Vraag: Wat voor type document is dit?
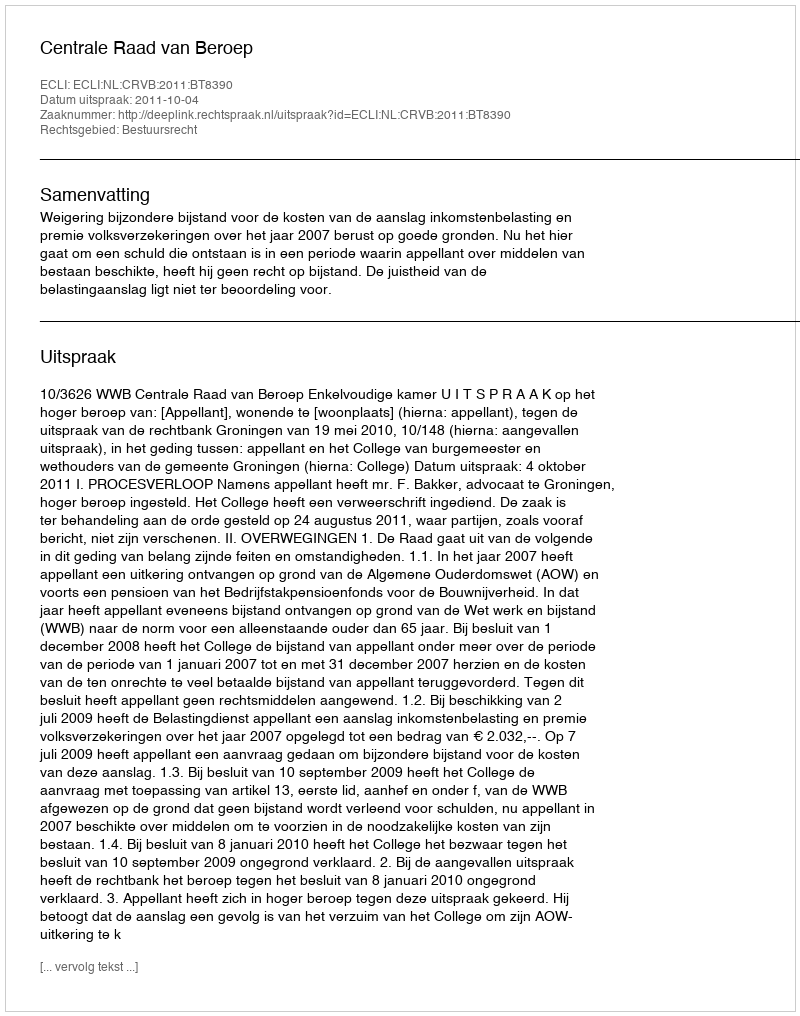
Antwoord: Uitspraak